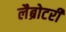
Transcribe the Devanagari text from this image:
लैब्रोटरी